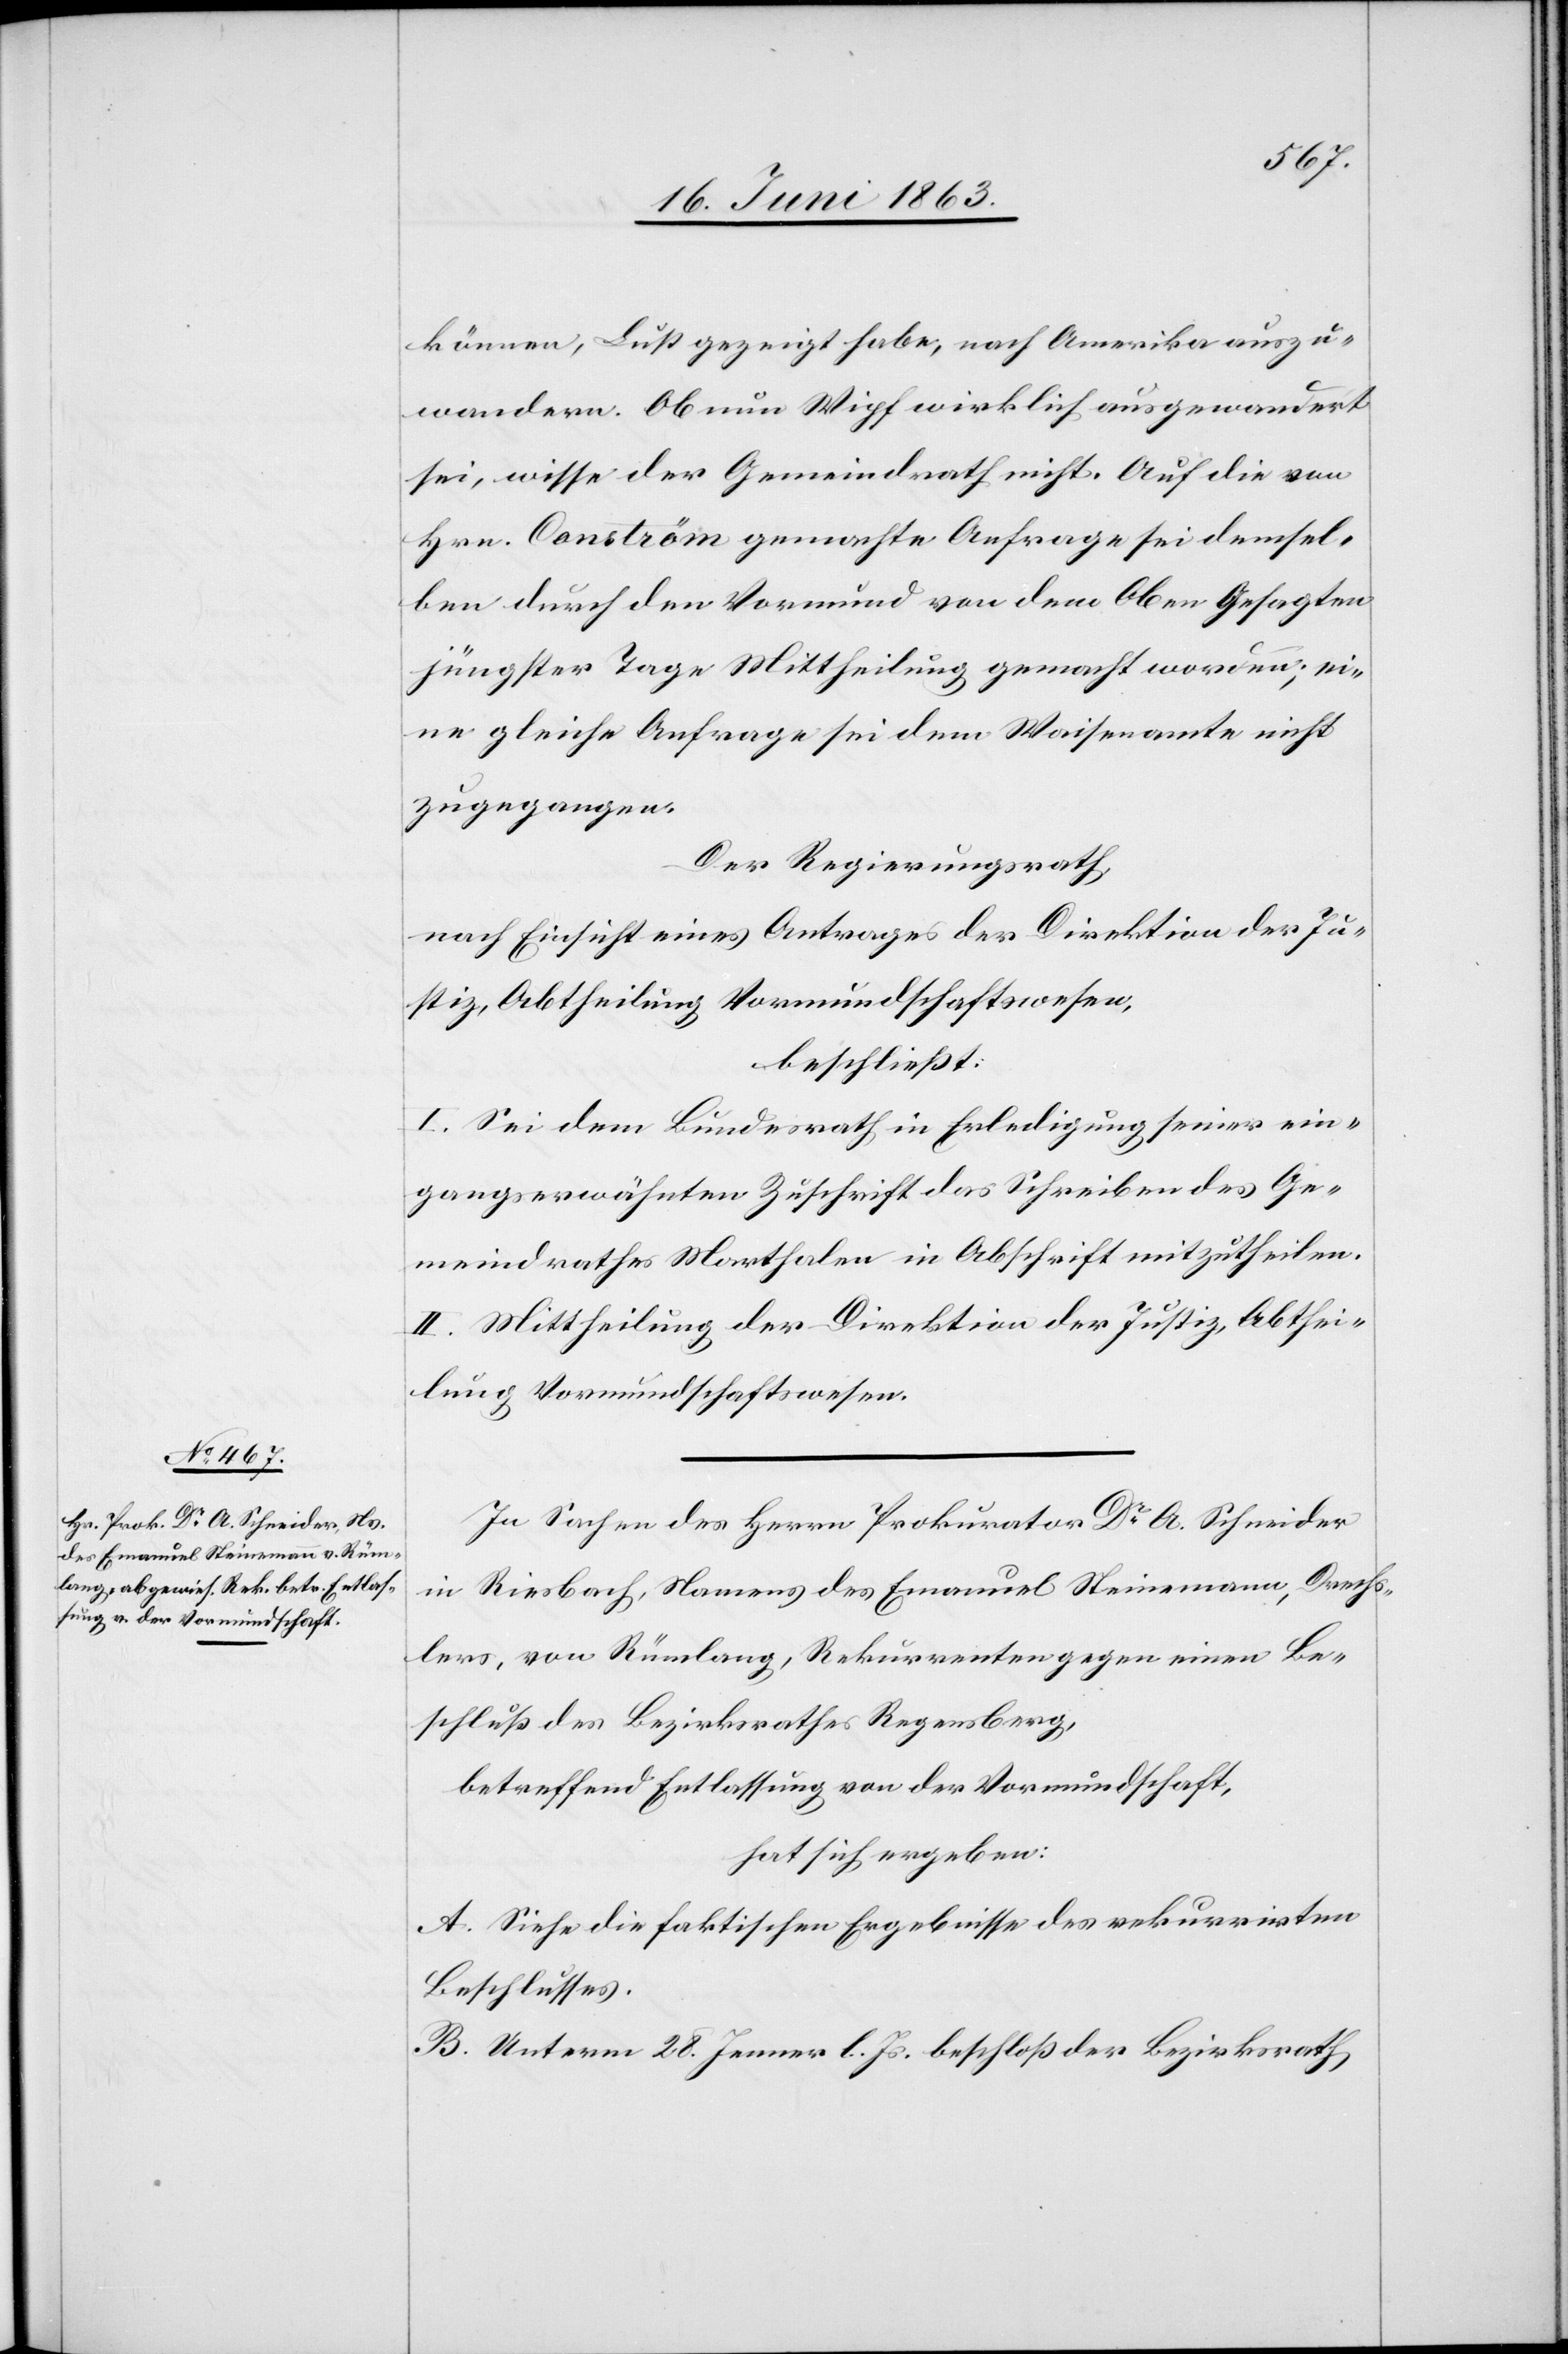
können, Lust gezeigt habe, nach Amerika auszu¬
wandern. Ob nun Wipf wirklich ausgewandert
sei, wisse der Gemeindrath nicht. Auf die von
Hrn. Conström gemachte Anfrage sei demsel¬
ben durch den Vormund von dem Oben Gesagten
jüngster Tage Mittheilung gemacht worden; ei¬
ne gleiche Anfrage sei dem Waisenamte nicht
zugegangen.
Der Regierungsrath
nach Einsicht eines Antrages der Direktion der Ju¬
stiz, Abtheilung Vormundschaftswesen,
beschließt:
I. Sei dem Bundesrath in Erledigung seiner ein¬
gangserwähnten Zuschrift das Schreiben des Ge¬
meindrathes Marthalen in Abschrift mitzutheilen.
II. Mittheilung der Direktion der Justiz, Abthei¬
lung Vormundschaftswesen.
In Sachen des Herrn Prokurator Dr A. Schneider
in Riesbach, Namens des Emanuel Steinemann, Drechs¬
lers, von Rümlang, Rekurrenten gegen einen Be¬
schluß des Bezirksrathes Regensberg,
betreffend Entlassung von der Vormundschaft,
hat sich ergeben:
A. Siehe die faktischen Ergebnisse des rekurrirten
Beschlusses.
B. Unter 28. Jenner l. Js. beschloß der Bezirksrath